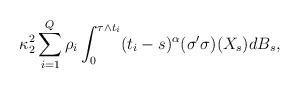
LaTeX: \begin{align*}\kappa_2 ^2 \sum_{i=1}^Q \rho_i \int^{\tau \wedge t_i}_0(t_i-s)^{\alpha}(\sigma'\sigma)(X_s)dB_s,\end{align*}